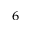
_ { 6 }